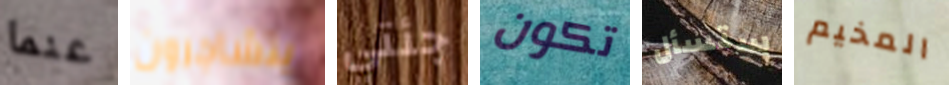
عنما يتشاجرون جئتي تكون ستسأل المخيم